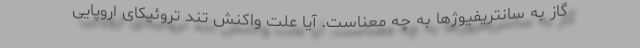
گاز به سانتریفیوژها به چه معناست. آیا علت واکنش تند تروئیکای اروپایی